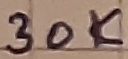
Text: 30K